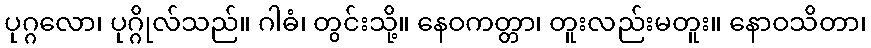
ပုဂ္ဂလော၊ ပုဂ္ဂိုလ်သည်။ ဂါဓံ၊ တွင်းသို့။ နေဝကတ္တာ၊ တူးလည်းမတူး။ နောဝသိတာ၊